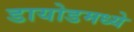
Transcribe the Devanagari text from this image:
डायोडमध्ये